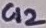
Text: C12